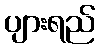
ပျားရည်